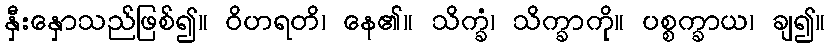
နှီးနှောသည်ဖြစ်၍။ ဝိဟရတိ၊ နေ၏။ သိက္ခံ၊ သိက္ခာကို။ ပစ္စက္ခာယ၊ ချ၍။